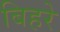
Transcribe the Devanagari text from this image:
बिहरे